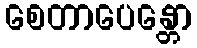
စေတာပေန္တော